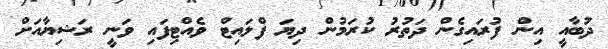
ދުބާއީ އިން ފުރައިގެން ދަތުރު ކުރަމުން ދިޔަ ފްލައިޓް ވެއްޓިފައި ވަނީ ރަޝިޔާއަށް